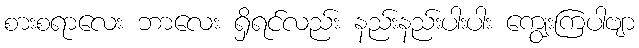
စားစရာလေး ဘာလေး ရှိရင်လည်း နည်းနည်းပါးပါး ကျွေးကြပါဗျာ